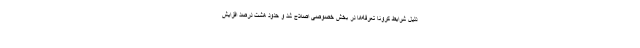
دلیل شرایط کرونا تعرفه‌ها در بخش خصوصی اصلاح شد و حدود هشت درصد افزایش